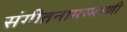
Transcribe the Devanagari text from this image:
संगीतनामस्मरणी